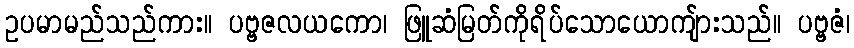
ဥပမာမည်သည်ကား။ ပဗ္ဗဇလယကော၊ ဖြူဆံမြတ်ကိုရိပ်သောယောကျ်ားသည်။ ပဗ္ဗဇံ၊